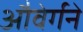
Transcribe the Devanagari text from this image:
औवेर्गने